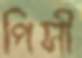
পিসী